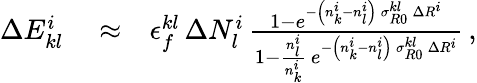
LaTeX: \begin{array}{rlr}{\Delta E_{kl}^{i}}&{{}\approx}&{\epsilon_{f}^{kl}\, \Delta N_{l}^{i}\, \frac{1-e^{-\left(n_{k}^{i}-n_{l}^{i}\right)\, \sigma_{R0}^{kl}\, \Delta R^{i}}}{1-\frac{n_{l}^{i}}{n_{k}^{i}}\, e^{-\left(n_{k}^{i}-n_{l}^{i}\right)\, \sigma_{R0}^{kl}\, \Delta R^{i}}}\, ,}\end{array}